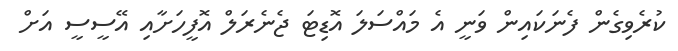
ކުރެވިގެން ފެނަކައިން ވަނީ އެ މައްސަލަ އޮޑިޓަ ޖެނެރަލް އޮފީހަށާއި އޭސީސީ އަށް